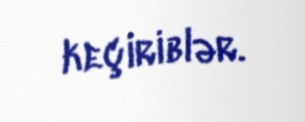
keçiriblər.